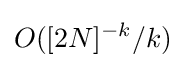
O([2N]^{-k}/k)